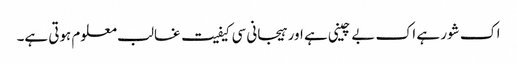
اک شور ہے اک بے چینی ہے اور ہیجانی سی کیفیت غالب معلوم ہوتی ہے۔